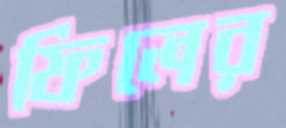
ফিলের